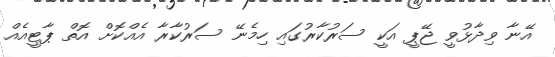
އޭނާ ވިދާޅުވީ ޖޭޕީ އަކީ ސަރުކާރުގައި ހިމެނޭ ސަރުކާރާ އެއްކޮށް އޮތް ޕާޓީއެއް